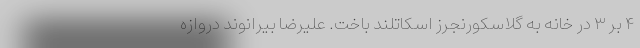
۴ بر ۳ در خانه به گلاسکورنجرز اسکاتلند باخت. علیرضا بیرانوند دروازه